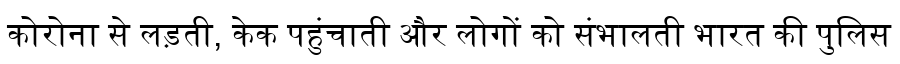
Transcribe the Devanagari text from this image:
कोरोना से लड़ती, केक पहुंचाती और लोगों को संभालती भारत की पुलिस